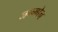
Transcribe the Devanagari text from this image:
जन्मोन